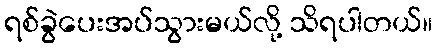
ရစ်ခွဲပေးအပ်သွားမယ်လို့ သိရပါတယ်။